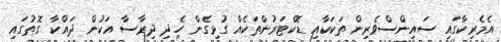
އެމެރިކާގައި ސައިންސްވެރިން ތަކަކާއި ޑޮކްޓަރުންތަކެއް ގުޅިގެން ހެދި ދިރާސާ އަކުން ދައްކާ ގޮތުގައި